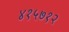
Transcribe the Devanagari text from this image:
४१५७१२